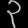
Digit: ၃